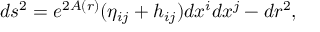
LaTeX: d s ^ { 2 } = e ^ { 2 A ( r ) } ( \eta _ { i j } + h _ { i j } ) d x ^ { i } d x ^ { j } - d r ^ { 2 } ,